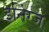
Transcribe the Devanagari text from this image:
इनिंग्ज